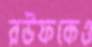
রউফকেও